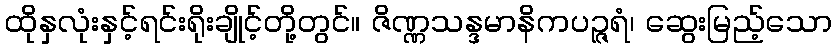
ထိုနှလုံးနှင့်ရင်းရိုးချိုင့်တို့တွင်။ ဇိဏ္ဏသန္ဒမာနိကပဉ္ဇရံ၊ ဆွေးမြည့်သော